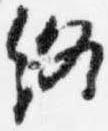
終